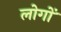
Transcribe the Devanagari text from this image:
लोगोंॱ